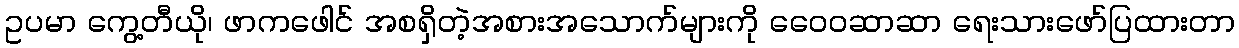
ဥပမာ ကွေ့တီယို၊ ဖာကဖေါင် အစရှိတဲ့အစားအသောက်များကို ဝေေ၀ဆာဆာ ရေးသားဖော်ပြထားတာ